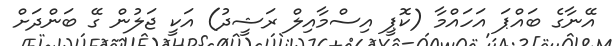
އޭނާގެ ބައްޕަ އަހައްމާ (ކޮޕީ އިސްމާއިލް ރަޝީދު) އަކީ ޖަލުން ގޭ ބަންދަށް